Civil Veterinary Dept. Bombay admin report 1893-99 - 1893-1899
Year: 1893
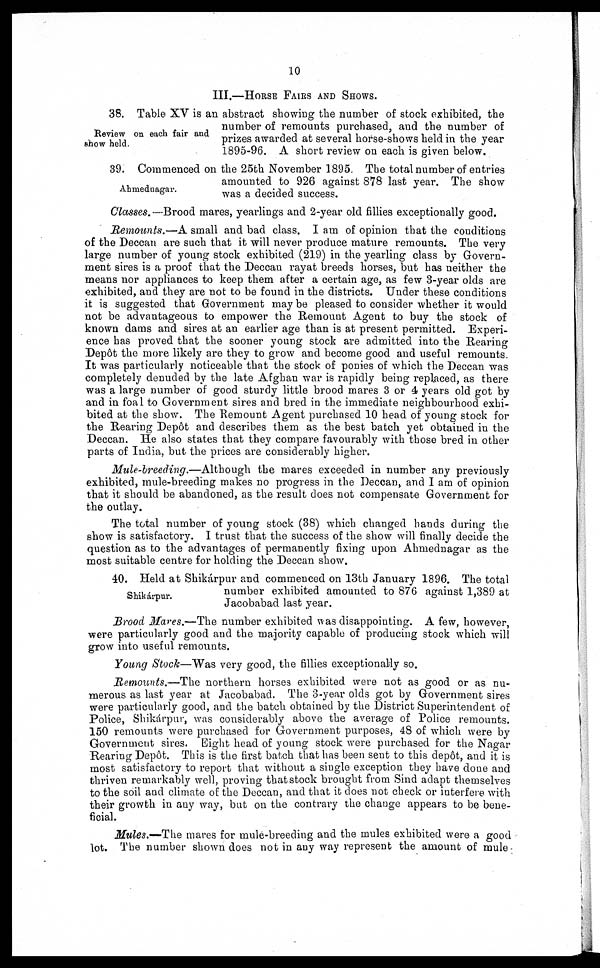
10
III.—HORSE FAIRS AND SHOWS.
Review on each fair and
show held.
38. Table XV is an abstract showing the number of stock exhibited, the
number of remounts purchased, and the number of
prizes awarded at several horse-shows held in the year
1895-96. A short review on each is given below.
Ahmednagar.
39. Commenced on the 25th November 1895. The total number of entries
amounted to 926 against 878 last year. The show
was a decided success.
Classes.—Brood mares, yearlings and 2-year old fillies exceptionally good.
Remounts.—A small and bad class. I am of opinion that the conditions
of the Deccan are such that it will never produce mature remounts. The very
large number of young stock exhibited (219) in the yearling class by Govern-
ment sires is a proof that the Deccan rayat breeds horses, but has neither the
means nor appliances to keep them after a certain age, as few 3-year olds are
exhibited, and they are not to be found in the districts. Under these conditions
it is suggested that Government may be pleased to consider whether it would
not be advantageous to empower the Remount Agent to buy the stock of
known dams and sires at an earlier age than is at present permitted. Experi-
ence has proved that the sooner young stock are admitted into the Rearing
Depôt the more likely are they to grow and become good and useful remounts.
It was particularly noticeable that the stock of ponies of which the Deccan was
completely denuded by the late Afghan war is rapidly being replaced, as there
was a large number of good sturdy little brood mares 3 or 4 years old got by
and in foal to Government sires and bred in the immediate neighbourhood exhi-
bited at the show. The Remount Agent purchased 10 head of young stock for
the Rearing Depôt and describes them as the best batch yet obtained in the
Deccan. He also states that they compare favourably with those bred in other
parts of India, but the prices are considerably higher.
Mule-breeding.—Although
the mares exceeded in number any previously
exhibited, mule-breeding makes no progress in the Deccan, and I am of opinion
that it should be abandoned, as the result does not compensate Government for
the outlay.
The total number of young stock (38) which changed hands during the
show is satisfactory. I trust that the success of the show will finally decide the
question as to the advantages of permanently fixing upon Ahmednagar as the
most suitable centre for holding the Deccan show.
Shikárpur.
40. Held at Shikárpur and commenced on 13th January 1896. The total
number exhibited amounted to 876 against 1,389 at
Jacobabad last year.
Brood Mares.—The number exhibited was disappointing. A few, however,
were particularly good and the majority capable of producing stock which will
grow into useful remounts.
Young Stock—Was very good, the fillies exceptionally so.
Remounts.—The northern horses exhibited were not as good or as nu-
merous as last year at Jacobabad. The 3-year olds got by Government sires
were particularly good, and the batch obtained by the District Superintendent of
Police, Shikárpur, was considerably above the average of Police remounts.
150 remounts were purchased for Government purposes, 48 of which were by
Government sires. Eight head of young stock were purchased for the Nagar
Rearing Depôt. This is the first batch that has been sent to this depôt, and it is
most satisfactory to report that without a single exception they have done and
thriven remarkably well, proving that stock brought from Sind adapt themselves
to the soil and climate of the Deccan, and that it does not check or interfere with
their growth in any way, but on the contrary the change appears to be bene-
ficial.
Mules.—The mares for mule-breeding and the mules exhibited were a good
lot. The number shown does not in any way represent the amount of mule